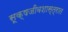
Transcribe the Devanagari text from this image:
सूक्षजीवशास्त्रात